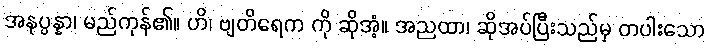
အနုပ္ပန္နာ၊ မည်ကုန်၏။ ဟိ၊ ဗျတိရေက ကို ဆိုအံ့။ အညထာ၊ ဆိုအပ်ပြီးသည်မှ တပါးသော